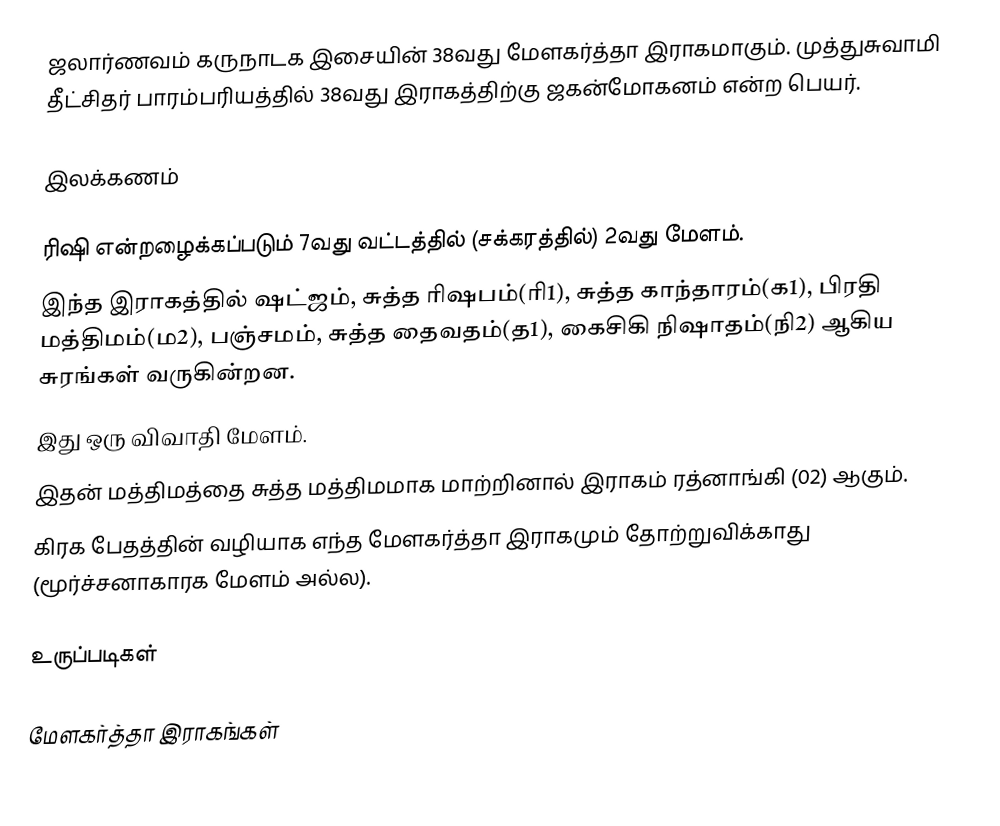
ஜலார்ணவம் கருநாடக இசையின் 38வது மேளகர்த்தா இராகமாகும். முத்துசுவாமி தீட்சிதர் பாரம்பரியத்தில் 38வது இராகத்திற்கு ஜகன்மோகனம் என்ற பெயர்.

இலக்கணம்

  ரிஷி என்றழைக்கப்படும் 7வது வட்டத்தில் (சக்கரத்தில்) 2வது மேளம்.
  இந்த இராகத்தில் ஷட்ஜம், சுத்த ரிஷபம்(ரி1), சுத்த காந்தாரம்(க1), பிரதி மத்திமம்(ம2), பஞ்சமம், சுத்த தைவதம்(த1), கைசிகி நிஷாதம்(நி2) ஆகிய சுரங்கள் வருகின்றன.
  இது ஒரு விவாதி மேளம்.
  இதன் மத்திமத்தை சுத்த மத்திமமாக மாற்றினால் இராகம் ரத்னாங்கி (02) ஆகும்.
  கிரக பேதத்தின் வழியாக எந்த மேளகர்த்தா இராகமும் தோற்றுவிக்காது (மூர்ச்சனாகாரக மேளம் அல்ல).

உருப்படிகள்

மேளகர்த்தா இராகங்கள்